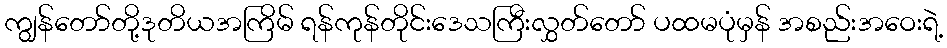
ကျွန်တော်တို့ဒုတိယအကြိမ် ရန်ကုန်တိုင်းဒေသကြီးလွှတ်တော် ပထမပုံမှန် အစည်းအဝေးရဲ့